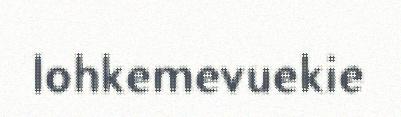
lohkemevuekie